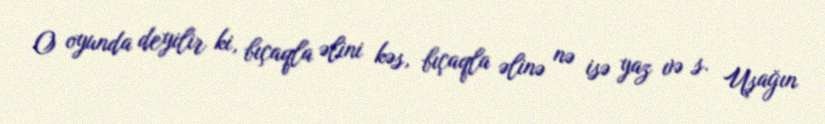
O oyunda deyilir ki, bıçaqla əlini kəs, bıçaqla əlinə nə isə yaz və s. Uşağın